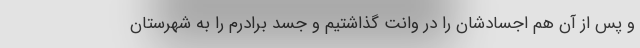
و پس از آن هم اجسادشان را در وانت گذاشتیم و جسد برادرم را به شهرستان